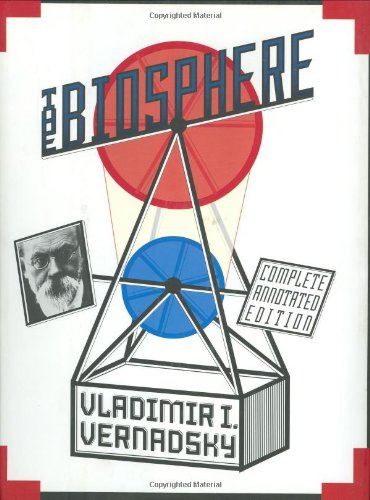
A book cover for The Biosphere; Vladimir I. Vernadsky; Science & Math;